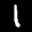
Label: 1